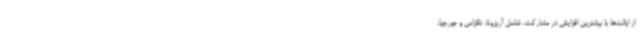
از ایالت‌ها با بیشترین افزایش در مشارکت، شامل آریزونا، تگزاس و جورجیا،